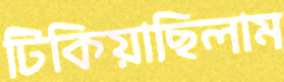
টিকিয়াছিলাম